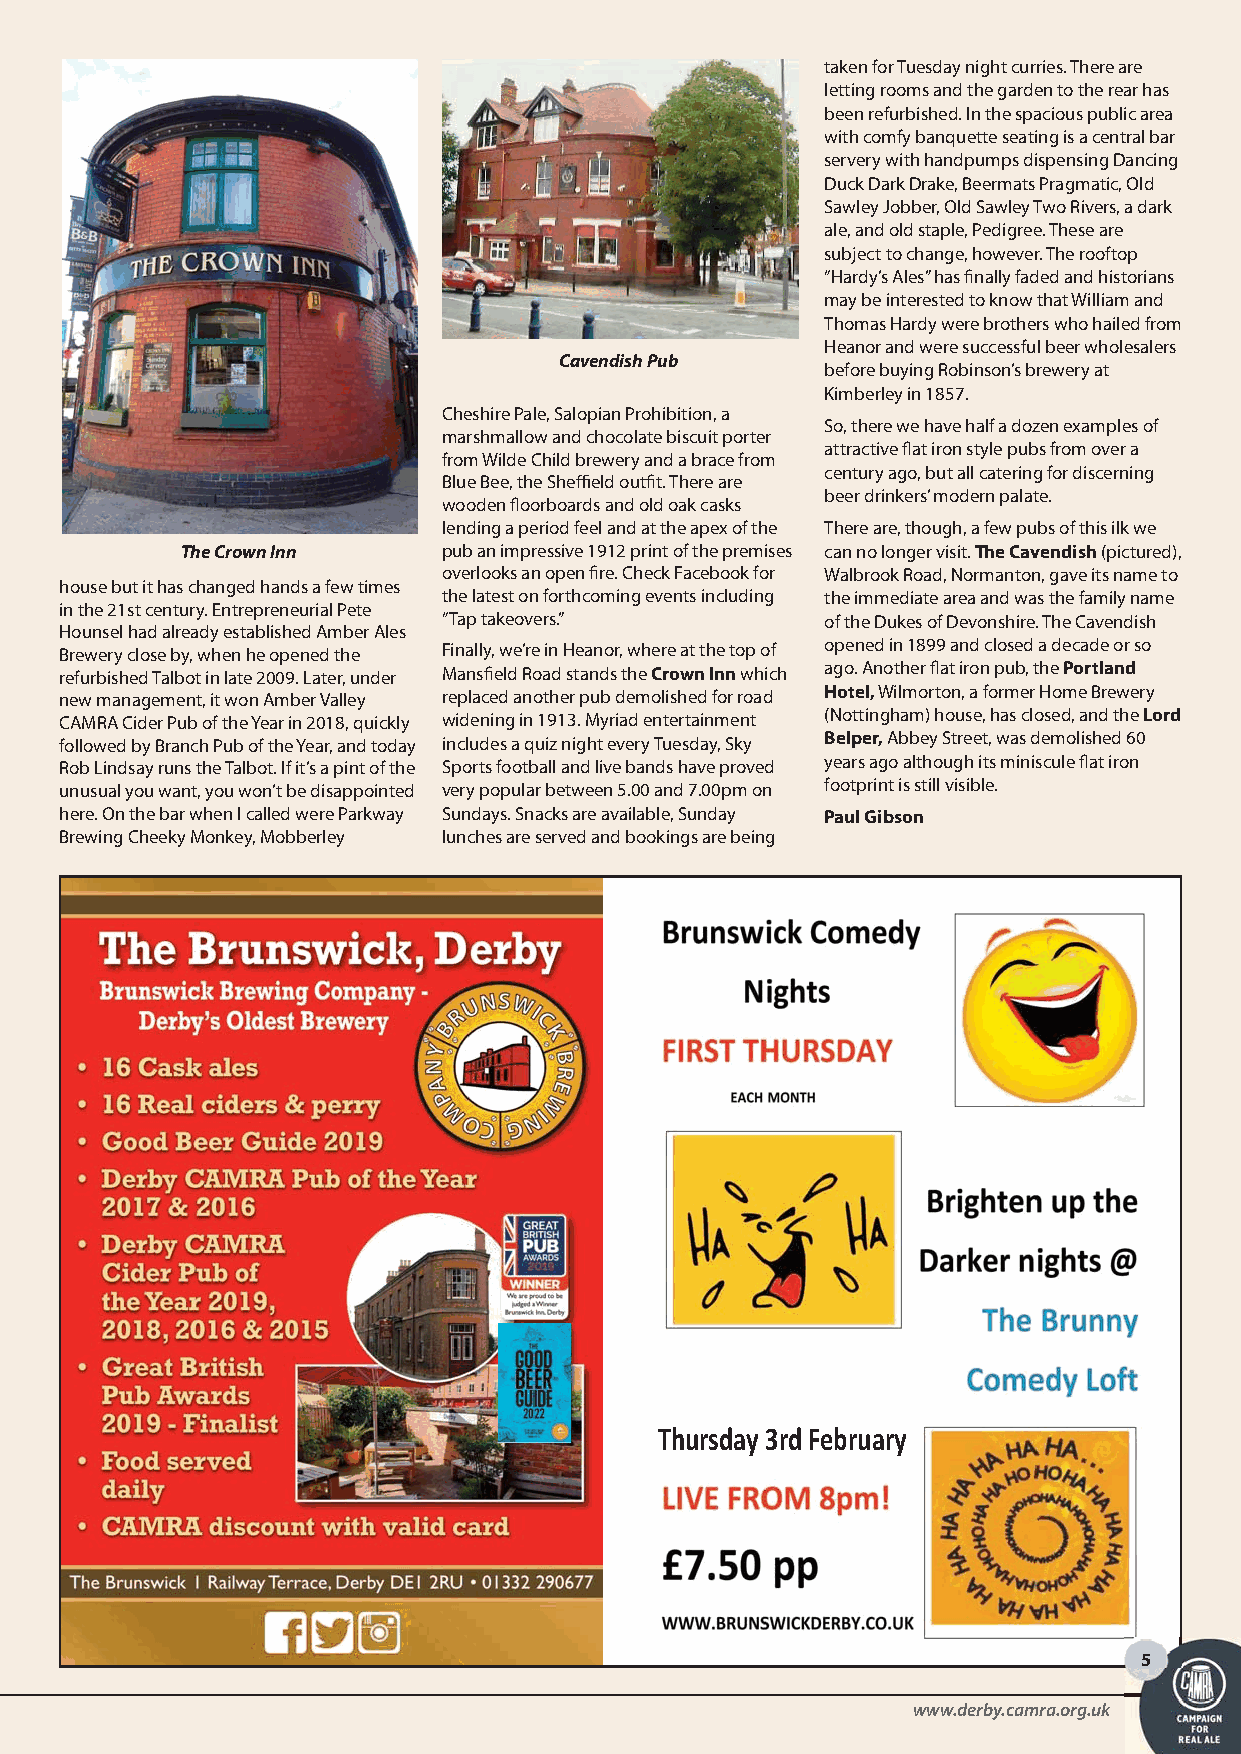
193 CAMRA_Layout 1 14/12/2021 10:03 Page 5
 taken for Tuesday night curries. There are
 letting rooms and the garden to the rear has
 been refurbished. In the spacious public area
 with comfy banquette seating is a central bar
 servery with handpumps dispensing Dancing
 Duck Dark Drake, Beermats Pragmatic, Old
 Sawley Jobber, Old Sawley Two Rivers, a dark
 ale, and old staple, Pedigree. These are
 subject to change, however. The rooftop
 “Hardy’s Ales” has finally faded and historians
 may be interested to know that William and
 Thomas Hardy were brothers who hailed from
 Heanor and were successful beer wholesalers
 Cavendish Pub
 before buying Robinson’s brewery at
 Kimberley in 1857.
 Cheshire Pale, Salopian Prohibition, a
 So, there we have half a dozen examples of
 marshmallow and chocolate biscuit porter
 attractive flat iron style pubs from over a
 from Wilde Child brewery and a brace from
 century ago, but all catering for discerning
 Blue Bee, the Sheffield outfit. There are
 beer drinkers’ modern palate.
 wooden floorboards and old oak casks
 lending a period feel and at the apex of the There are, though, a few pubs of this ilk we
 The Crown Inn    pub an impressive 1912 print of the premises can no longer visit. The Cavendish(pictured),
 overlooks an open fire. Check Facebook for Walbrook Road, Normanton, gave its name to
 house but it has changed hands a few times
 the latest on forthcoming events including the immediate area and was the family name
 in the 21st century. Entrepreneurial Pete
 “Tap takeovers.”         of the Dukes of Devonshire. The Cavendish
 Hounsel had already established Amber Ales
 Brewery close by, when he opened the Finally, we’re in Heanor, where at the top of opened in 1899 and closed a decade or so
 refurbished Talbot in late 2009. Later, under Mansfield Road stands the Crown Innwhich ago. Another flat iron pub, the Portland
 new management, it won Amber Valley replaced another pub demolished for road Hotel,Wilmorton, a former Home Brewery
 CAMRA Cider Pub of the Year in 2018, quickly widening in 1913. Myriad entertainment (Nottingham) house, has closed, and the Lord
 followed by Branch Pub of the Year, and today includes a quiz night every Tuesday, Sky Belper,Abbey Street, was demolished 60
 Rob Lindsay runs the Talbot. If it’s a pint of the Sports football and live bands have proved years ago although its miniscule flat iron
 unusual you want, you won’t be disappointed very popular between 5.00 and 7.00pm on footprint is still visible.
 here. On the bar when I called were Parkway Sundays. Snacks are available, Sunday Paul Gibson
 Brewing Cheeky Monkey, Mobberley lunches are served and bookings are being
 Thursday 3rd February
 5
 wwwwww..ddeerrbbyy..ccaammrraa..oorrgg..uukk